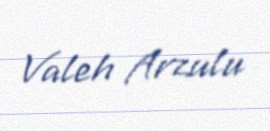
Valeh Arzulu